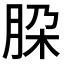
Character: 𬚹